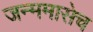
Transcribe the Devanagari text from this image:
जन्ममासेच